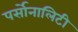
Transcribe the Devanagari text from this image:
पर्सोनालिटी